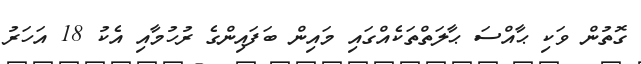
ގޮތުން ވަކި ޙާއްސަ ޙާލަތްތަކެއްގައި މައިން ބަފައިންގެ ރުހުމާއި އެކު 18 އަހަރު